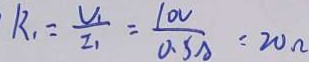
R _ { 1 } = \frac { V _ { 1 } } { I _ { 1 } } = \frac { 1 0 V } { 0 . 5 A } = 2 0 \Omega